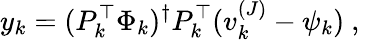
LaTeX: y_{k}=(P_{k}^{\top}\Phi_{k})^{\dagger}P_{k}^{\top}(v_{k}^{(J)}-\psi_{k})\mathrm{~,~}